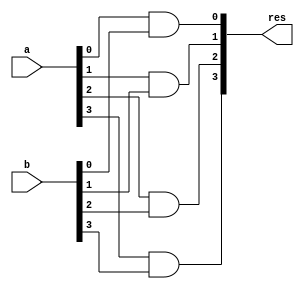
module fourbitand(input [3:0]a,input [3:0]b,output [3:0] res);

and and0(res[0],a[0],b[0]);
and and1(res[1],a[1],b[1]);
and and2(res[2],a[2],b[2]);
and and3(res[3],a[3],b[3]);

endmodule